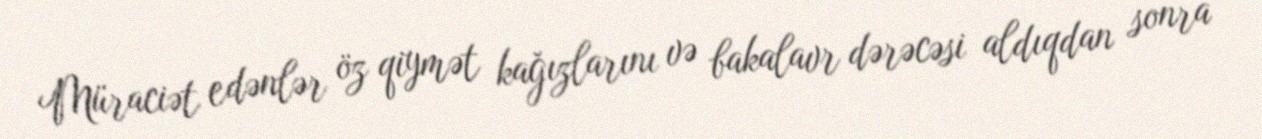
Müraciət edənlər öz qiymət kağızlarını və bakalavr dərəcəsi aldıqdan sonra